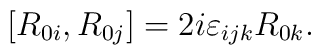
[R_{0i},R_{0j}]=2i \varepsilon_{ijk} R_{0k}.